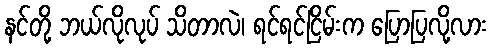
နင်တို့ ဘယ်လိုလုပ် သိတာလဲ၊ ရင်ရင်ငြိမ်းက ပြောပြလို့လား